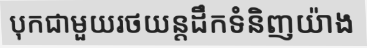
បុកជាមួយរថយន្តដឹកទំនិញយ៉ាង